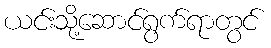
ယင်းသို့ဆောင်ရွက်ရာတွင်